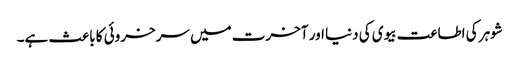
شوہر کی اطاعت بیوی کی دنیا اور آخرت میں سرخروئی کا باعث ہے۔